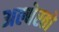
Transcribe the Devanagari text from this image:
अल्बेरतो